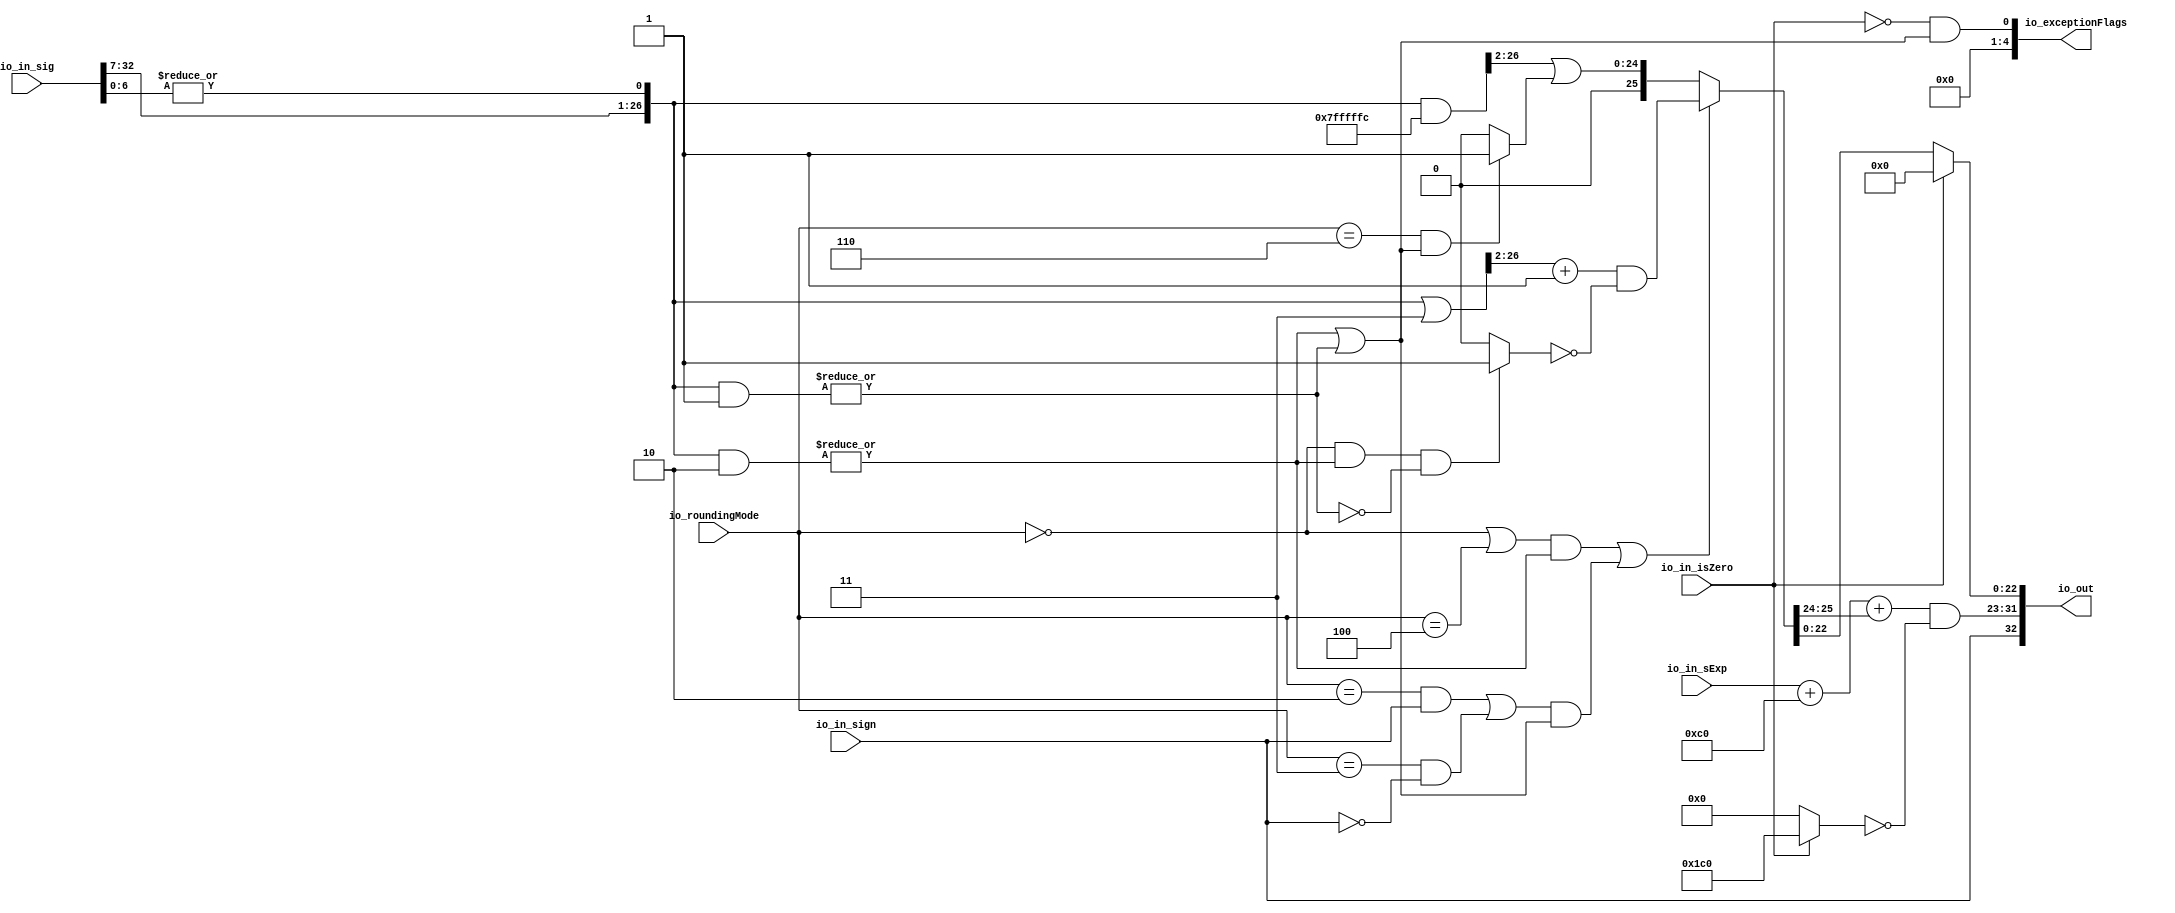
module RoundAnyRawFNToRecFN_1( // @[:freechips.rocketchip.system.DefaultRV32Config.fir@212200.2]
  input         io_in_isZero, // @[:freechips.rocketchip.system.DefaultRV32Config.fir@212201.4]
  input         io_in_sign, // @[:freechips.rocketchip.system.DefaultRV32Config.fir@212201.4]
  input  [7:0]  io_in_sExp, // @[:freechips.rocketchip.system.DefaultRV32Config.fir@212201.4]
  input  [32:0] io_in_sig, // @[:freechips.rocketchip.system.DefaultRV32Config.fir@212201.4]
  input  [2:0]  io_roundingMode, // @[:freechips.rocketchip.system.DefaultRV32Config.fir@212201.4]
  output [32:0] io_out, // @[:freechips.rocketchip.system.DefaultRV32Config.fir@212201.4]
  output [4:0]  io_exceptionFlags // @[:freechips.rocketchip.system.DefaultRV32Config.fir@212201.4]
);
  wire  roundingMode_near_even; // @[RoundAnyRawFNToRecFN.scala 88:53:freechips.rocketchip.system.DefaultRV32Config.fir@212204.4]
  wire  roundingMode_min; // @[RoundAnyRawFNToRecFN.scala 90:53:freechips.rocketchip.system.DefaultRV32Config.fir@212206.4]
  wire  roundingMode_max; // @[RoundAnyRawFNToRecFN.scala 91:53:freechips.rocketchip.system.DefaultRV32Config.fir@212207.4]
  wire  roundingMode_near_maxMag; // @[RoundAnyRawFNToRecFN.scala 92:53:freechips.rocketchip.system.DefaultRV32Config.fir@212208.4]
  wire  roundingMode_odd; // @[RoundAnyRawFNToRecFN.scala 93:53:freechips.rocketchip.system.DefaultRV32Config.fir@212209.4]
  wire  _T; // @[RoundAnyRawFNToRecFN.scala 96:27:freechips.rocketchip.system.DefaultRV32Config.fir@212210.4]
  wire  _T_1; // @[RoundAnyRawFNToRecFN.scala 96:66:freechips.rocketchip.system.DefaultRV32Config.fir@212211.4]
  wire  _T_2; // @[RoundAnyRawFNToRecFN.scala 96:63:freechips.rocketchip.system.DefaultRV32Config.fir@212212.4]
  wire  roundMagUp; // @[RoundAnyRawFNToRecFN.scala 96:42:freechips.rocketchip.system.DefaultRV32Config.fir@212213.4]
  wire [8:0] _GEN_0; // @[RoundAnyRawFNToRecFN.scala 102:25:freechips.rocketchip.system.DefaultRV32Config.fir@212214.4]
  wire [9:0] _T_3; // @[RoundAnyRawFNToRecFN.scala 102:25:freechips.rocketchip.system.DefaultRV32Config.fir@212214.4]
  wire [9:0] sAdjustedExp; // @[RoundAnyRawFNToRecFN.scala 104:31:freechips.rocketchip.system.DefaultRV32Config.fir@212216.4]
  wire  _T_7; // @[RoundAnyRawFNToRecFN.scala 115:60:freechips.rocketchip.system.DefaultRV32Config.fir@212219.4]
  wire [26:0] adjustedSig; // @[Cat.scala 29:58:freechips.rocketchip.system.DefaultRV32Config.fir@212220.4]
  wire [26:0] _T_14; // @[RoundAnyRawFNToRecFN.scala 162:40:freechips.rocketchip.system.DefaultRV32Config.fir@212239.4]
  wire  _T_15; // @[RoundAnyRawFNToRecFN.scala 162:56:freechips.rocketchip.system.DefaultRV32Config.fir@212240.4]
  wire [26:0] _T_16; // @[RoundAnyRawFNToRecFN.scala 163:42:freechips.rocketchip.system.DefaultRV32Config.fir@212241.4]
  wire  _T_17; // @[RoundAnyRawFNToRecFN.scala 163:62:freechips.rocketchip.system.DefaultRV32Config.fir@212242.4]
  wire  common_inexact; // @[RoundAnyRawFNToRecFN.scala 164:36:freechips.rocketchip.system.DefaultRV32Config.fir@212243.4]
  wire  _T_19; // @[RoundAnyRawFNToRecFN.scala 167:38:freechips.rocketchip.system.DefaultRV32Config.fir@212244.4]
  wire  _T_20; // @[RoundAnyRawFNToRecFN.scala 167:67:freechips.rocketchip.system.DefaultRV32Config.fir@212245.4]
  wire  _T_21; // @[RoundAnyRawFNToRecFN.scala 169:29:freechips.rocketchip.system.DefaultRV32Config.fir@212246.4]
  wire  _T_22; // @[RoundAnyRawFNToRecFN.scala 168:31:freechips.rocketchip.system.DefaultRV32Config.fir@212247.4]
  wire [26:0] _T_23; // @[RoundAnyRawFNToRecFN.scala 172:32:freechips.rocketchip.system.DefaultRV32Config.fir@212248.4]
  wire [25:0] _T_25; // @[RoundAnyRawFNToRecFN.scala 172:49:freechips.rocketchip.system.DefaultRV32Config.fir@212250.4]
  wire  _T_26; // @[RoundAnyRawFNToRecFN.scala 173:49:freechips.rocketchip.system.DefaultRV32Config.fir@212251.4]
  wire  _T_27; // @[RoundAnyRawFNToRecFN.scala 174:30:freechips.rocketchip.system.DefaultRV32Config.fir@212252.4]
  wire  _T_28; // @[RoundAnyRawFNToRecFN.scala 173:64:freechips.rocketchip.system.DefaultRV32Config.fir@212253.4]
  wire [25:0] _T_30; // @[RoundAnyRawFNToRecFN.scala 173:25:freechips.rocketchip.system.DefaultRV32Config.fir@212255.4]
  wire [25:0] _T_31; // @[RoundAnyRawFNToRecFN.scala 173:21:freechips.rocketchip.system.DefaultRV32Config.fir@212256.4]
  wire [25:0] _T_32; // @[RoundAnyRawFNToRecFN.scala 172:61:freechips.rocketchip.system.DefaultRV32Config.fir@212257.4]
  wire [26:0] _T_34; // @[RoundAnyRawFNToRecFN.scala 178:30:freechips.rocketchip.system.DefaultRV32Config.fir@212259.4]
  wire  _T_36; // @[RoundAnyRawFNToRecFN.scala 179:42:freechips.rocketchip.system.DefaultRV32Config.fir@212261.4]
  wire [25:0] _T_38; // @[RoundAnyRawFNToRecFN.scala 179:24:freechips.rocketchip.system.DefaultRV32Config.fir@212263.4]
  wire [25:0] _GEN_1; // @[RoundAnyRawFNToRecFN.scala 178:47:freechips.rocketchip.system.DefaultRV32Config.fir@212264.4]
  wire [25:0] _T_39; // @[RoundAnyRawFNToRecFN.scala 178:47:freechips.rocketchip.system.DefaultRV32Config.fir@212264.4]
  wire [25:0] _T_40; // @[RoundAnyRawFNToRecFN.scala 171:16:freechips.rocketchip.system.DefaultRV32Config.fir@212265.4]
  wire [2:0] _T_42; // @[RoundAnyRawFNToRecFN.scala 183:69:freechips.rocketchip.system.DefaultRV32Config.fir@212267.4]
  wire [9:0] _GEN_2; // @[RoundAnyRawFNToRecFN.scala 183:40:freechips.rocketchip.system.DefaultRV32Config.fir@212268.4]
  wire [10:0] _T_43; // @[RoundAnyRawFNToRecFN.scala 183:40:freechips.rocketchip.system.DefaultRV32Config.fir@212268.4]
  wire [8:0] common_expOut; // @[RoundAnyRawFNToRecFN.scala 185:37:freechips.rocketchip.system.DefaultRV32Config.fir@212269.4]
  wire [22:0] common_fractOut; // @[RoundAnyRawFNToRecFN.scala 189:27:freechips.rocketchip.system.DefaultRV32Config.fir@212272.4]
  wire  commonCase; // @[RoundAnyRawFNToRecFN.scala 235:64:freechips.rocketchip.system.DefaultRV32Config.fir@212300.4]
  wire  inexact; // @[RoundAnyRawFNToRecFN.scala 238:43:freechips.rocketchip.system.DefaultRV32Config.fir@212304.4]
  wire [8:0] _T_75; // @[RoundAnyRawFNToRecFN.scala 251:18:freechips.rocketchip.system.DefaultRV32Config.fir@212317.4]
  wire [8:0] _T_76; // @[RoundAnyRawFNToRecFN.scala 251:14:freechips.rocketchip.system.DefaultRV32Config.fir@212318.4]
  wire [8:0] expOut; // @[RoundAnyRawFNToRecFN.scala 250:24:freechips.rocketchip.system.DefaultRV32Config.fir@212319.4]
  wire [22:0] fractOut; // @[RoundAnyRawFNToRecFN.scala 278:12:freechips.rocketchip.system.DefaultRV32Config.fir@212341.4]
  wire [9:0] _T_101; // @[Cat.scala 29:58:freechips.rocketchip.system.DefaultRV32Config.fir@212345.4]
  wire [1:0] _T_103; // @[Cat.scala 29:58:freechips.rocketchip.system.DefaultRV32Config.fir@212348.4]
  assign roundingMode_near_even = io_roundingMode == 3'h0; // @[RoundAnyRawFNToRecFN.scala 88:53:freechips.rocketchip.system.DefaultRV32Config.fir@212204.4]
  assign roundingMode_min = io_roundingMode == 3'h2; // @[RoundAnyRawFNToRecFN.scala 90:53:freechips.rocketchip.system.DefaultRV32Config.fir@212206.4]
  assign roundingMode_max = io_roundingMode == 3'h3; // @[RoundAnyRawFNToRecFN.scala 91:53:freechips.rocketchip.system.DefaultRV32Config.fir@212207.4]
  assign roundingMode_near_maxMag = io_roundingMode == 3'h4; // @[RoundAnyRawFNToRecFN.scala 92:53:freechips.rocketchip.system.DefaultRV32Config.fir@212208.4]
  assign roundingMode_odd = io_roundingMode == 3'h6; // @[RoundAnyRawFNToRecFN.scala 93:53:freechips.rocketchip.system.DefaultRV32Config.fir@212209.4]
  assign _T = roundingMode_min & io_in_sign; // @[RoundAnyRawFNToRecFN.scala 96:27:freechips.rocketchip.system.DefaultRV32Config.fir@212210.4]
  assign _T_1 = ~io_in_sign; // @[RoundAnyRawFNToRecFN.scala 96:66:freechips.rocketchip.system.DefaultRV32Config.fir@212211.4]
  assign _T_2 = roundingMode_max & _T_1; // @[RoundAnyRawFNToRecFN.scala 96:63:freechips.rocketchip.system.DefaultRV32Config.fir@212212.4]
  assign roundMagUp = _T | _T_2; // @[RoundAnyRawFNToRecFN.scala 96:42:freechips.rocketchip.system.DefaultRV32Config.fir@212213.4]
  assign _GEN_0 = {{1{io_in_sExp[7]}},io_in_sExp}; // @[RoundAnyRawFNToRecFN.scala 102:25:freechips.rocketchip.system.DefaultRV32Config.fir@212214.4]
  assign _T_3 = $signed(_GEN_0) + 9'shc0; // @[RoundAnyRawFNToRecFN.scala 102:25:freechips.rocketchip.system.DefaultRV32Config.fir@212214.4]
  assign sAdjustedExp = {1'b0,$signed(_T_3[8:0])}; // @[RoundAnyRawFNToRecFN.scala 104:31:freechips.rocketchip.system.DefaultRV32Config.fir@212216.4]
  assign _T_7 = |io_in_sig[6:0]; // @[RoundAnyRawFNToRecFN.scala 115:60:freechips.rocketchip.system.DefaultRV32Config.fir@212219.4]
  assign adjustedSig = {io_in_sig[32:7],_T_7}; // @[Cat.scala 29:58:freechips.rocketchip.system.DefaultRV32Config.fir@212220.4]
  assign _T_14 = adjustedSig & 27'h2; // @[RoundAnyRawFNToRecFN.scala 162:40:freechips.rocketchip.system.DefaultRV32Config.fir@212239.4]
  assign _T_15 = |_T_14; // @[RoundAnyRawFNToRecFN.scala 162:56:freechips.rocketchip.system.DefaultRV32Config.fir@212240.4]
  assign _T_16 = adjustedSig & 27'h1; // @[RoundAnyRawFNToRecFN.scala 163:42:freechips.rocketchip.system.DefaultRV32Config.fir@212241.4]
  assign _T_17 = |_T_16; // @[RoundAnyRawFNToRecFN.scala 163:62:freechips.rocketchip.system.DefaultRV32Config.fir@212242.4]
  assign common_inexact = _T_15 | _T_17; // @[RoundAnyRawFNToRecFN.scala 164:36:freechips.rocketchip.system.DefaultRV32Config.fir@212243.4]
  assign _T_19 = roundingMode_near_even | roundingMode_near_maxMag; // @[RoundAnyRawFNToRecFN.scala 167:38:freechips.rocketchip.system.DefaultRV32Config.fir@212244.4]
  assign _T_20 = _T_19 & _T_15; // @[RoundAnyRawFNToRecFN.scala 167:67:freechips.rocketchip.system.DefaultRV32Config.fir@212245.4]
  assign _T_21 = roundMagUp & common_inexact; // @[RoundAnyRawFNToRecFN.scala 169:29:freechips.rocketchip.system.DefaultRV32Config.fir@212246.4]
  assign _T_22 = _T_20 | _T_21; // @[RoundAnyRawFNToRecFN.scala 168:31:freechips.rocketchip.system.DefaultRV32Config.fir@212247.4]
  assign _T_23 = adjustedSig | 27'h3; // @[RoundAnyRawFNToRecFN.scala 172:32:freechips.rocketchip.system.DefaultRV32Config.fir@212248.4]
  assign _T_25 = _T_23[26:2] + 25'h1; // @[RoundAnyRawFNToRecFN.scala 172:49:freechips.rocketchip.system.DefaultRV32Config.fir@212250.4]
  assign _T_26 = roundingMode_near_even & _T_15; // @[RoundAnyRawFNToRecFN.scala 173:49:freechips.rocketchip.system.DefaultRV32Config.fir@212251.4]
  assign _T_27 = ~_T_17; // @[RoundAnyRawFNToRecFN.scala 174:30:freechips.rocketchip.system.DefaultRV32Config.fir@212252.4]
  assign _T_28 = _T_26 & _T_27; // @[RoundAnyRawFNToRecFN.scala 173:64:freechips.rocketchip.system.DefaultRV32Config.fir@212253.4]
  assign _T_30 = _T_28 ? 26'h1 : 26'h0; // @[RoundAnyRawFNToRecFN.scala 173:25:freechips.rocketchip.system.DefaultRV32Config.fir@212255.4]
  assign _T_31 = ~_T_30; // @[RoundAnyRawFNToRecFN.scala 173:21:freechips.rocketchip.system.DefaultRV32Config.fir@212256.4]
  assign _T_32 = _T_25 & _T_31; // @[RoundAnyRawFNToRecFN.scala 172:61:freechips.rocketchip.system.DefaultRV32Config.fir@212257.4]
  assign _T_34 = adjustedSig & 27'h7fffffc; // @[RoundAnyRawFNToRecFN.scala 178:30:freechips.rocketchip.system.DefaultRV32Config.fir@212259.4]
  assign _T_36 = roundingMode_odd & common_inexact; // @[RoundAnyRawFNToRecFN.scala 179:42:freechips.rocketchip.system.DefaultRV32Config.fir@212261.4]
  assign _T_38 = _T_36 ? 26'h1 : 26'h0; // @[RoundAnyRawFNToRecFN.scala 179:24:freechips.rocketchip.system.DefaultRV32Config.fir@212263.4]
  assign _GEN_1 = {{1'd0}, _T_34[26:2]}; // @[RoundAnyRawFNToRecFN.scala 178:47:freechips.rocketchip.system.DefaultRV32Config.fir@212264.4]
  assign _T_39 = _GEN_1 | _T_38; // @[RoundAnyRawFNToRecFN.scala 178:47:freechips.rocketchip.system.DefaultRV32Config.fir@212264.4]
  assign _T_40 = _T_22 ? _T_32 : _T_39; // @[RoundAnyRawFNToRecFN.scala 171:16:freechips.rocketchip.system.DefaultRV32Config.fir@212265.4]
  assign _T_42 = {1'b0,$signed(_T_40[25:24])}; // @[RoundAnyRawFNToRecFN.scala 183:69:freechips.rocketchip.system.DefaultRV32Config.fir@212267.4]
  assign _GEN_2 = {{7{_T_42[2]}},_T_42}; // @[RoundAnyRawFNToRecFN.scala 183:40:freechips.rocketchip.system.DefaultRV32Config.fir@212268.4]
  assign _T_43 = $signed(sAdjustedExp) + $signed(_GEN_2); // @[RoundAnyRawFNToRecFN.scala 183:40:freechips.rocketchip.system.DefaultRV32Config.fir@212268.4]
  assign common_expOut = _T_43[8:0]; // @[RoundAnyRawFNToRecFN.scala 185:37:freechips.rocketchip.system.DefaultRV32Config.fir@212269.4]
  assign common_fractOut = _T_40[22:0]; // @[RoundAnyRawFNToRecFN.scala 189:27:freechips.rocketchip.system.DefaultRV32Config.fir@212272.4]
  assign commonCase = ~io_in_isZero; // @[RoundAnyRawFNToRecFN.scala 235:64:freechips.rocketchip.system.DefaultRV32Config.fir@212300.4]
  assign inexact = commonCase & common_inexact; // @[RoundAnyRawFNToRecFN.scala 238:43:freechips.rocketchip.system.DefaultRV32Config.fir@212304.4]
  assign _T_75 = io_in_isZero ? 9'h1c0 : 9'h0; // @[RoundAnyRawFNToRecFN.scala 251:18:freechips.rocketchip.system.DefaultRV32Config.fir@212317.4]
  assign _T_76 = ~_T_75; // @[RoundAnyRawFNToRecFN.scala 251:14:freechips.rocketchip.system.DefaultRV32Config.fir@212318.4]
  assign expOut = common_expOut & _T_76; // @[RoundAnyRawFNToRecFN.scala 250:24:freechips.rocketchip.system.DefaultRV32Config.fir@212319.4]
  assign fractOut = io_in_isZero ? 23'h0 : common_fractOut; // @[RoundAnyRawFNToRecFN.scala 278:12:freechips.rocketchip.system.DefaultRV32Config.fir@212341.4]
  assign _T_101 = {io_in_sign,expOut}; // @[Cat.scala 29:58:freechips.rocketchip.system.DefaultRV32Config.fir@212345.4]
  assign _T_103 = {1'h0,inexact}; // @[Cat.scala 29:58:freechips.rocketchip.system.DefaultRV32Config.fir@212348.4]
  assign io_out = {_T_101,fractOut}; // @[RoundAnyRawFNToRecFN.scala 284:12:freechips.rocketchip.system.DefaultRV32Config.fir@212347.4]
  assign io_exceptionFlags = {3'h0,_T_103}; // @[RoundAnyRawFNToRecFN.scala 285:23:freechips.rocketchip.system.DefaultRV32Config.fir@212352.4]
endmodule